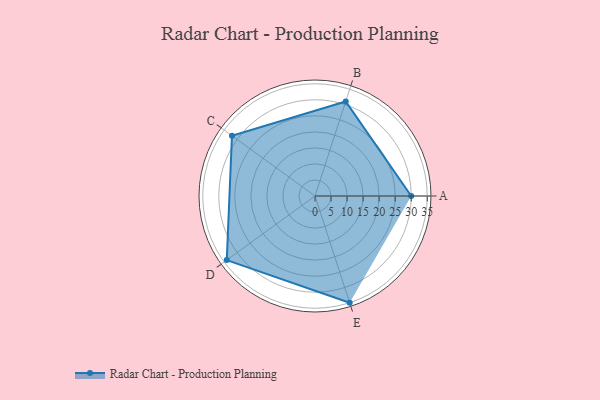
{"axis": {"x": "Skill", "y": "Score"}, "legend": ["Profile"], "data": [{"x": "A", "y": 30.0, "type": "Profile"}, {"x": "B", "y": 31.0, "type": "Profile"}, {"x": "C", "y": 32.0, "type": "Profile"}, {"x": "D", "y": 34.0, "type": "Profile"}, {"x": "E", "y": 35.0, "type": "Profile"}]}